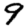
Digit: 9